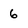
Character: 6